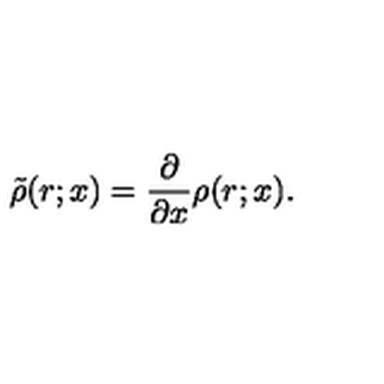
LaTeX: \tilde { \rho } ( r ; x ) = \frac { \partial } { \partial x } \rho ( r ; x ) .